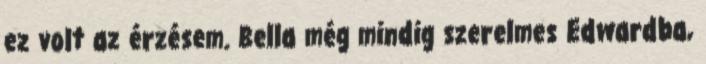
ez volt az érzésem. Bella még mindig szerelmes Edwardba,